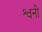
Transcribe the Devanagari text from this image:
श्वनी